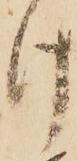
け